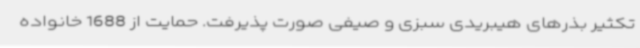
تکثیر بذرهای هیبریدی سبزی و صیفی صورت پذیرفت. حمایت از 1688 خانواده